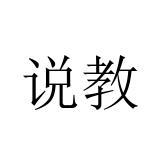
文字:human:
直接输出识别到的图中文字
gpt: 说教